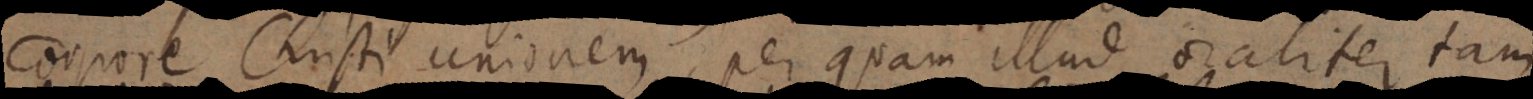
corpore Christi unionem, per quam illud oraliter tam